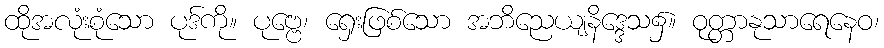
ထိုအလုံးစုံသော ပုဒ်ကို။ ပုဗ္ဗေ၊ ရှေးဖြစ်သော အဘိညေယျနိဒ္ဒေသ၌။ ဝုတ္တာနုသာရေနေဝ၊